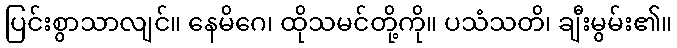
ပြင်းစွာသာလျင်။ နေမိဂေ၊ ထိုသမင်တို့ကို။ ပသံသတိ၊ ချီးမွမ်း၏။